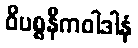
ဝိပစ္စနီကဝါဒါနံ